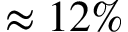
\approx 1 2 \%